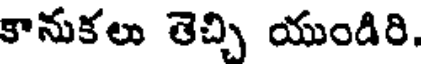
కానుకలు తెచ్చి యుండిరి.